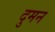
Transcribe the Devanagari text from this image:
दुमन